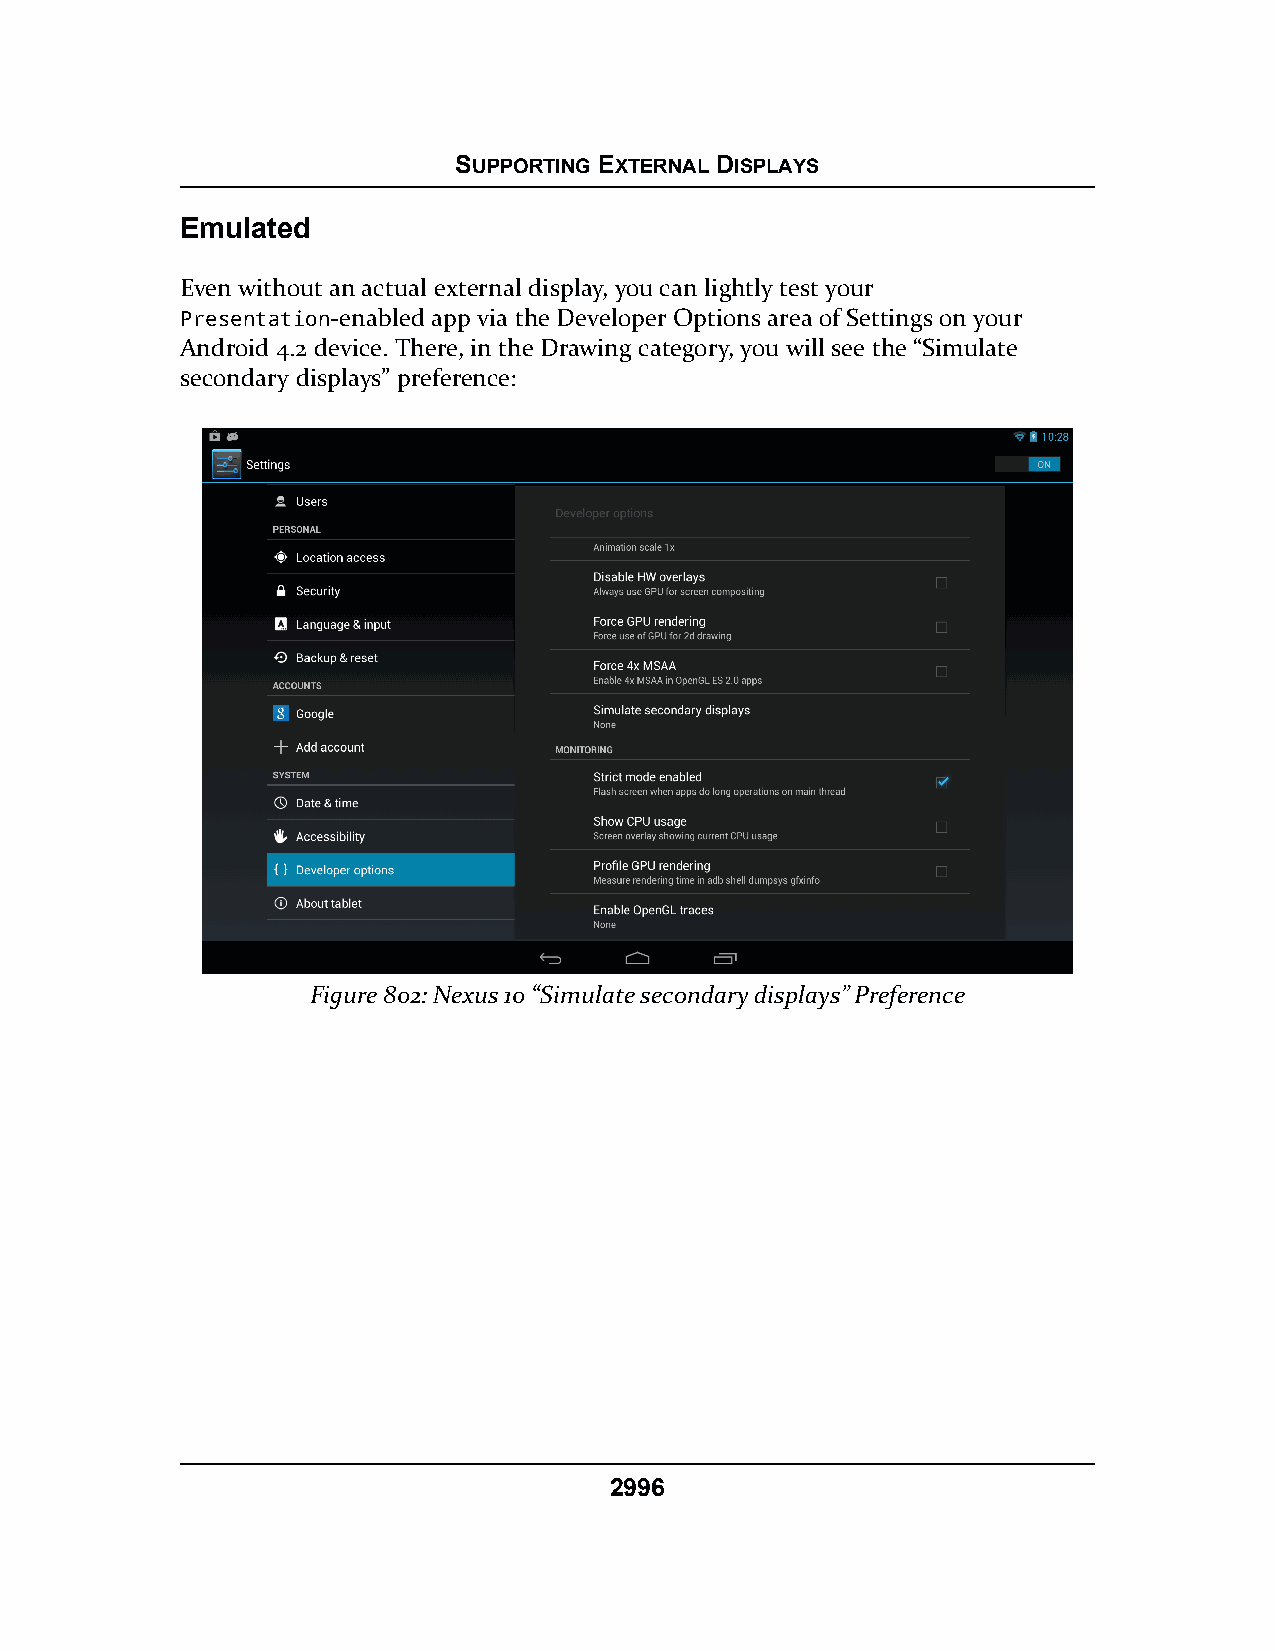
SUPPORTING EXTERNAL DISPLAYS
 Emulated
 Even without an actual external display, you can lightly test your
 Presentation-enabled app via the Developer Options area of Settings on your
 Android 4.2 device. There, in the Drawing category, you will see the “Simulate
 secondary displays” preference:
 Figure 802: Nexus 10 “Simulate secondary displays” Preference
 2996